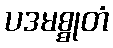
ပဒမစ္စုတံ